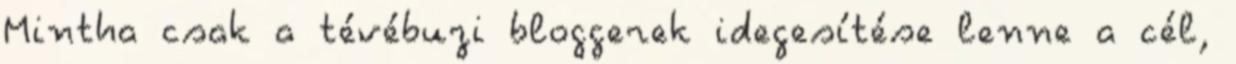
Mintha csak a tévébuzi bloggerek idegesítése lenne a cél,